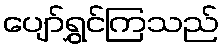
ပျော်ရွှင်ကြသည်